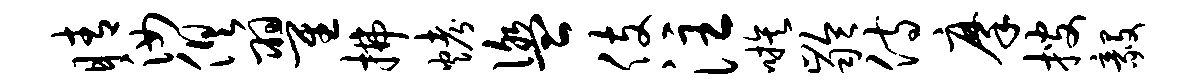
睛汝俱翟拂烤盥伎注嗾龄侍摩搜毅